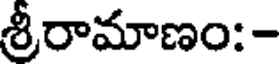
శ్రీరామాణం: -